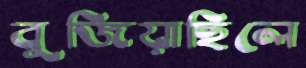
বুজিয়াছিলে